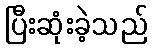
ပြီးဆုံးခဲ့သည်